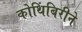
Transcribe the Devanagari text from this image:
कोथिंबिरीने